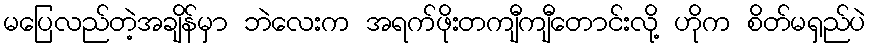
မပြေလည်တဲ့အချိန်မှာ ဘဲလေးက အရက်ဖိုးတကျီကျီတောင်းလို့ ဟိုက စိတ်မရှည်ပဲ